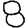
Digit: 8